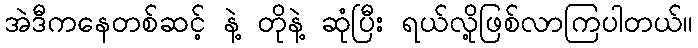
အဲဒီကနေတစ်ဆင့် နဲ့ တိုနဲ့ ဆုံပြီး ရယ်လို့ဖြစ်လာကြပါတယ်။